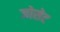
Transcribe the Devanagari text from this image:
जोसेट